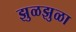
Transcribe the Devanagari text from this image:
झुळझुळा